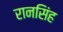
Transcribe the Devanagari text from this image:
रानसिंह